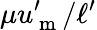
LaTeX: \mu u_{\mathrm{~m~}}^{\prime}/\ell^{\prime}